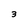
Character: 3